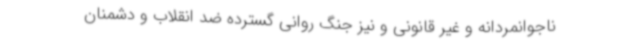
ناجوانمردانه و غیر قانونی و نیز جنگ روانی گسترده ضد انقلاب و دشمنان